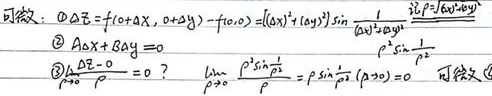
可改：
\begin{enumerate}
    \item \(\Delta z = f(x + \Delta x,y+\Delta y)-f(x,y)=(\Delta x)^{2}+(\Delta y)^{2}\sin\frac{1}{(\Delta x)^{2}+(\Delta y)^{2}}\)，\(\rho^{2}=(\Delta x)^{2}+(\Delta y)^{2}\)
    \item \(A\Delta x + B\Delta y = 0\)
    \item \(\lim_{\rho\rightarrow0}\frac{\Delta z - 0}{\rho}=0\) ？ \(\lim_{\rho\rightarrow0}\frac{\rho^{2}\sin\frac{1}{\rho^{2}}}{\rho}=\lim_{\rho\rightarrow0}\rho\sin\frac{1}{\rho^{2}} = 0\) 可改写
\end{enumerate}